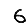
Digit: 6